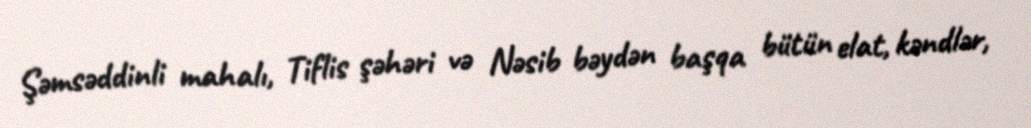
Şəmsəddinli mahalı, Tiflis şəhəri və Nəsib bəydən başqa bütün elat, kəndlər,